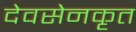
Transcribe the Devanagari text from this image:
देवसेनकृत